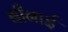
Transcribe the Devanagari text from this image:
बीनाई